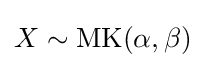
X\sim {\textrm {MK}}(\alpha ,\beta )